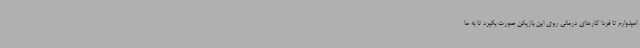
امیدوارم تا فردا کارهای درمانی روی این بازیکن صورت بگیرد تا به ما